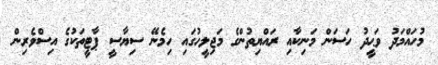
މުހައްމަދު ވަޙީދު ހަސަން މަނިކާއި ރައްޔިތުންގެ މަޖިލީހުގައި ހިމެނޭ ސިޔާސީ ޕާޓީތަކުގެ އިސްވެރިން